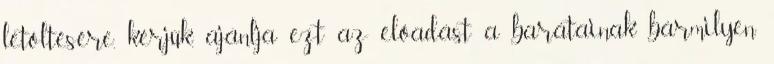
letöltésére, kérjük, ajánlja ezt az előadást a barátainak bármilyen